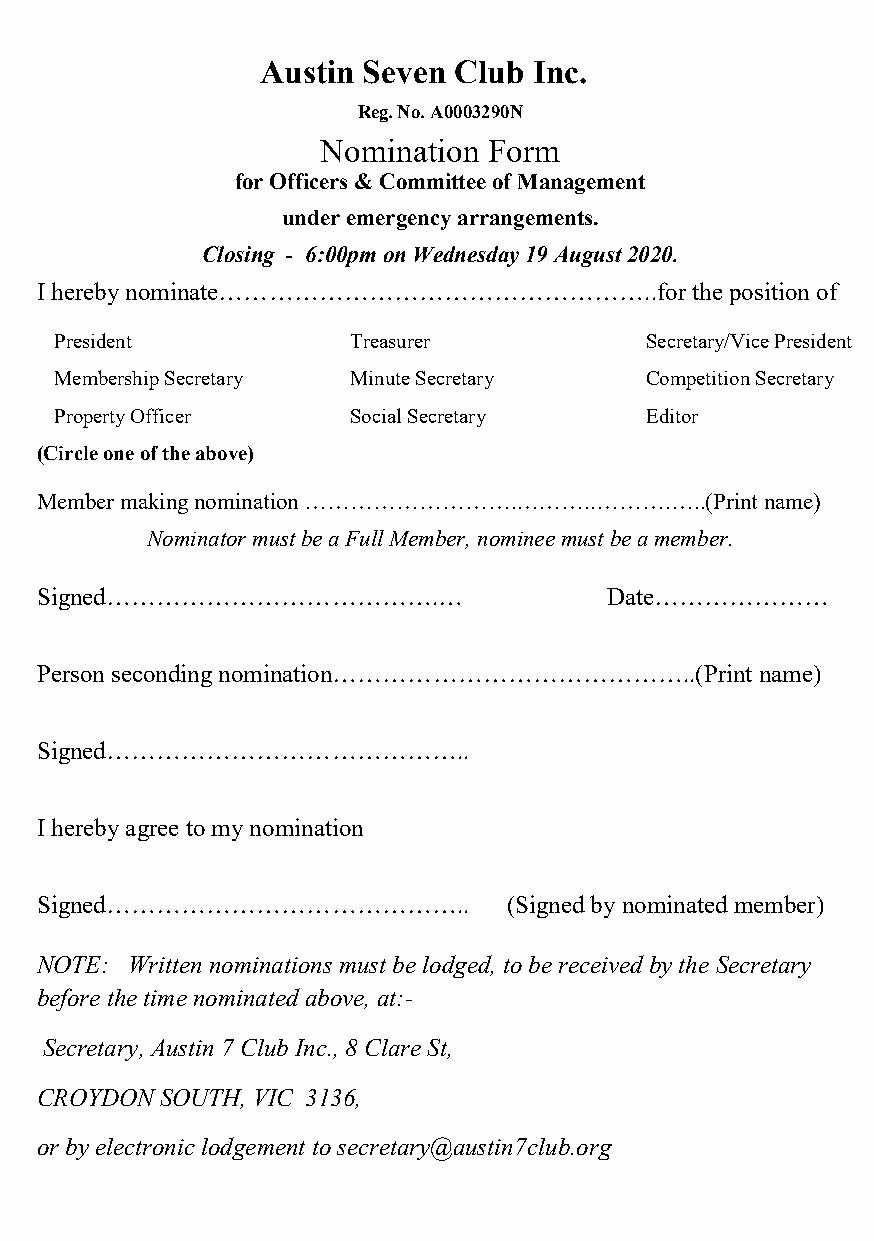
Austin Seven Club Inc.
 Reg. No. A0003290N
 Nomination Form
 for Officers & Committee of Management
 under emergency arrangements.
 Closing - 6:00pm on Wednesday 19 August 2020.
 I hereby nominate……………………………………………..for     the position of
 President          Treasurer           Secretary/Vice President
 Membership Secretary Minute Secretary  Competition Secretary
 Property Officer   Social Secretary    Editor
 (Circle one of the above)
 Member making nomination ……………………….………..……….…..(Print name)
 Nominator must be a Full Member, nominee must be a member.
 Signed………………………………….…                 Date…………………
 Person seconding nomination……………………………………..(Print name)
 Signed……………………………………..
 I hereby agree to my nomination
 Signed……………………………………..          (Signed by nominated member)
 NOTE: Written nominations must be lodged, to be received by the Secretary
 before the time nominated above, at:-
 Secretary, Austin 7 Club Inc., 8 Clare St,
 CROYDON  SOUTH, VIC 3136,
 or by electronic lodgement to secretary@austin7club.org